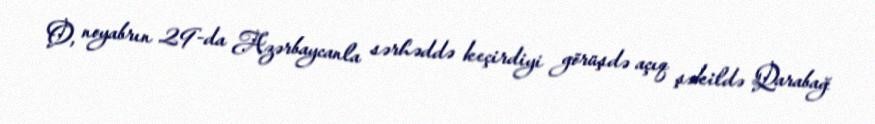
O, noyabrın 29-da Azərbaycanla sərhəddə keçirdiyi görüşdə açıq şəkildə Qarabağ